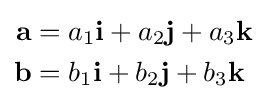
{\begin{aligned}\mathbf {a} &=a_{1}\mathbf {i} +a_{2}\mathbf {j} +a_{3}\mathbf {k} \\\mathbf {b} &=b_{1}\mathbf {i} +b_{2}\mathbf {j} +b_{3}\mathbf {k} \end{aligned}}